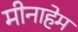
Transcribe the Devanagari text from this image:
मीनाहेम